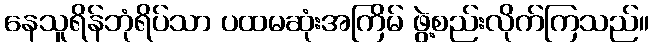
နေသူရိန်ဘုံရိပ်သာ ပထမဆုံးအကြိမ် ဖွဲ့စည်းလိုက်ကြသည်။